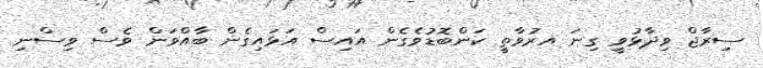
ސިރާޖް ވިދާޅުވީ ގިނަ އރުވާތީ ކަންބޮޑުވެގެން އައިސް އަޅައިގެން ބާއްވަން ވެސް ވިސްނި